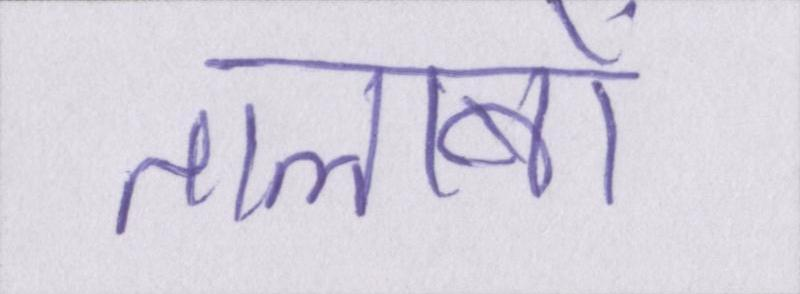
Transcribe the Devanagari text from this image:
तालाबों